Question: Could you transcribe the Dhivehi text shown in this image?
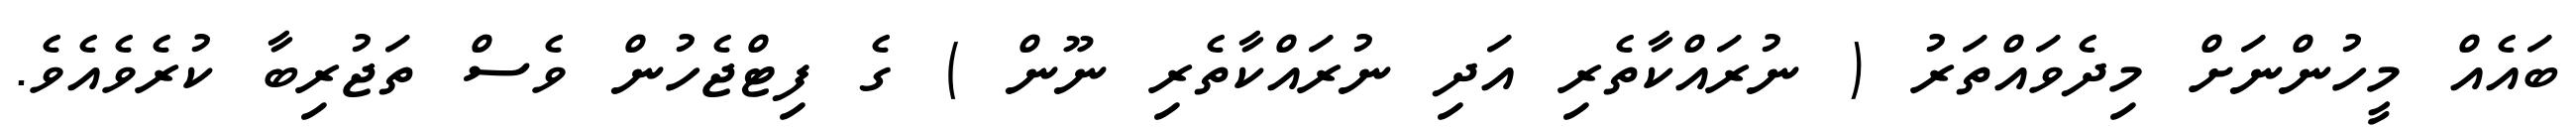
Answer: ބައެއް މީހުންނަށް މިދެވައްތަރު ( ނުރައްކާތެރި އަދި ނުރައްކާތެރި ނޫން ) ގެ ފިޓްޖެހުން ވެސް ތަޖުރިބާ ކުރެވެއެވެ.